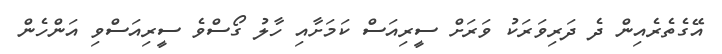
އޭގެތެރެއިން ދެ ދަރިވަރަކު ވަރަށް ސީރިއަސް ކަމަށާއި ހާލު ގޯސްވެ ސީރިއަސްވި އަންހެން